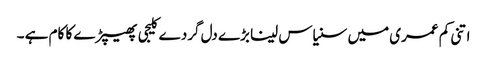
اتنی کم عمری میں سنیاس لینا بڑے دل گردے کلیجی پھیپڑے کا کام ہے ۔